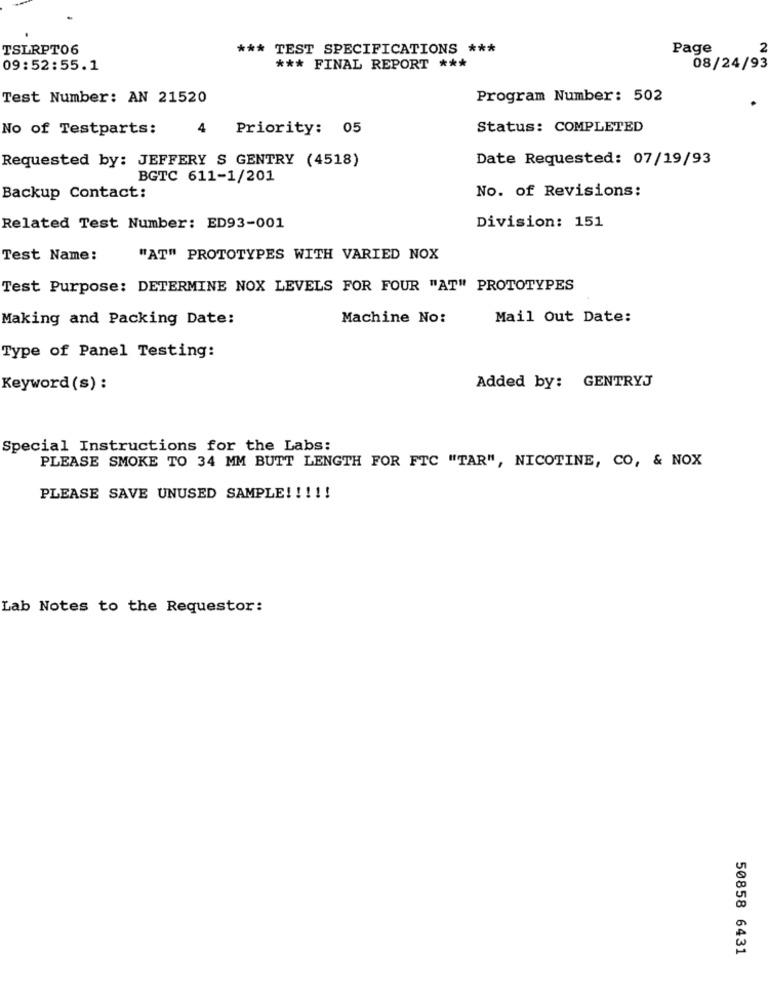
TSLRPT06
*** TEST SPECIFICATIONS ***
Page
09:52:55.1
*** FINAL REPORT ***
08/24/93
Test Number: AN 21520
Program Number: 502
No of Testparts:
Priority: 05
Status: COMPLETED
Requested by: JEFFERY S GENTRY (4518)
Date Requested: 07/19/93
BGTC 611-1/201
No. of Revisions:
Backup Contact:
Related Test Number: ED93-001
Division: 151
Test Name:
"AT" PROTOTYPES WITH VARIED NOX
Test Purpose: DETERMINE NOX LEVELS FOR FOUR "AT" PROTOTYPES
Making and Packing Date:
Machine No:
Mail Out Date:
Type of Panel Testing:
Added by: GENTRYJ
Keyword (s) :
Special Instructions for the Labs:
PLEASE SMOKE TO 34 MM BUTT LENGTH FOR FTC "TAR", NICOTINE, CO, & NOX
PLEASE SAVE UNUSED SAMPLE! ! !!!
Lab Notes to the Requestor:
50858 6431